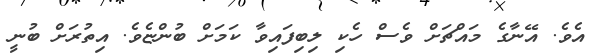
އެވެ. އޭނާގެ މައްޗަށް ވެސް ހެކި ލިބިފައިވާ ކަމަށް ބުންޏެވެ. އިތުރަށް ބުނީ